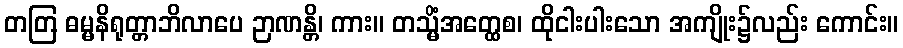
တတြ ဓမ္မနိရုတ္တာဘိလာပေ ဉာဏန္တိ၊ ကား။ တသ္မိံအတ္ထေစ၊ ထိုငါးပါးသော အကျိုး၌လည်း ကောင်း။